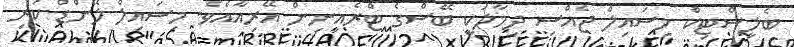
ބެލިސްޓިކް މިސައިލް ޖެއްސި ދިމާލަކީ ބޭސްގެ ޓްރެއިނިން އޭރިއާއެވެ. މިސައިލް ލޭންޑް ކުރި